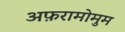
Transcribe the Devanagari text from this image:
अफ़रामोमुम